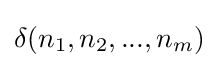
\delta (n_{1},n_{2},...,n_{m})